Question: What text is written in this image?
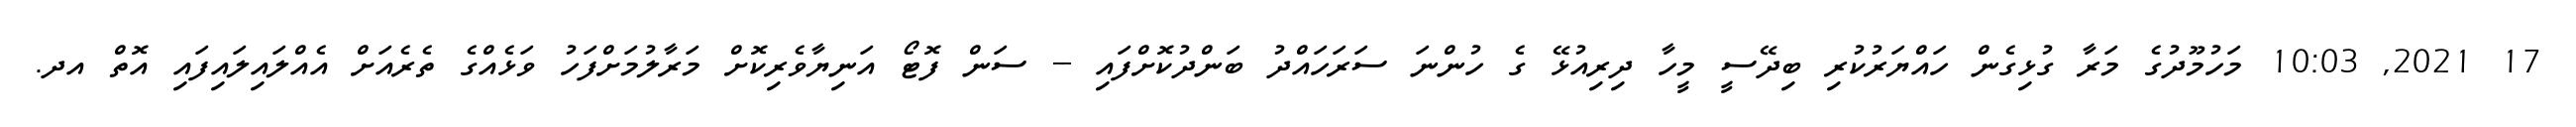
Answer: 17 2021, 10:03 މަހުމޫދުގެ މަރާ ގުޅިގެން ހައްޔަރުކުރި ބިދޭސީ މީހާ ދިރިއުޅޭ ގެ ހުންނަ ސަރަހައްދު ބަންދުކޮށްފައި -- ސަން ފޮޓޯ އަނިޔާވެރިކޮށް މަރާލުމަށްފަހު ވަޅެއްގެ ތެރެއަށް އެއްލައިލައިފައި އޮތް އދ.